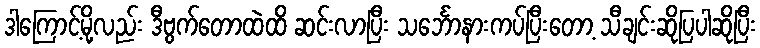
ဒါကြောင့်မို့လည်း ဒီဗွက်တောထဲထိ ဆင်းလာပြီး သင်္ဘောနားကပ်ပြီးတော့ သီချင်းဆိုပြပါဆိုပြီး